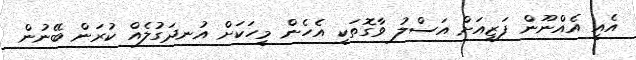
އެއީ އެއްނޫން ފަޒީއަށް އަސްލު ވާގޮތަކީ އެހެން މީހަކަށް އުނދަގުލެއް ކުރަން ބޭނުން